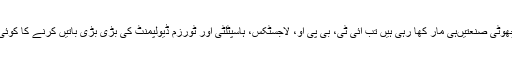
جب یوپی میںچھوٹی صنعتیںہی مار کھا رہی ہیں تب آئی ٹی، بی پی او، لاجسٹکس، ہاسپٹلٹی اور ٹورزم ڈیولپمنٹ کی بڑی بڑی باتیں کرنے کا کوئی جواز نہیںہے۔